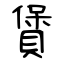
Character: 賲